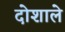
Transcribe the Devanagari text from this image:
दोशाले